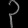
Digit: ၃